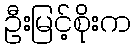
ဦးမြင့်စိုးက